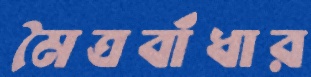
মৈত্রবাঁধার